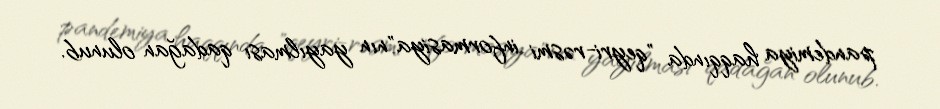
pandemiya haqqında "qeyri-rəsmi informasiya"nın yayılması qadağan olunub.